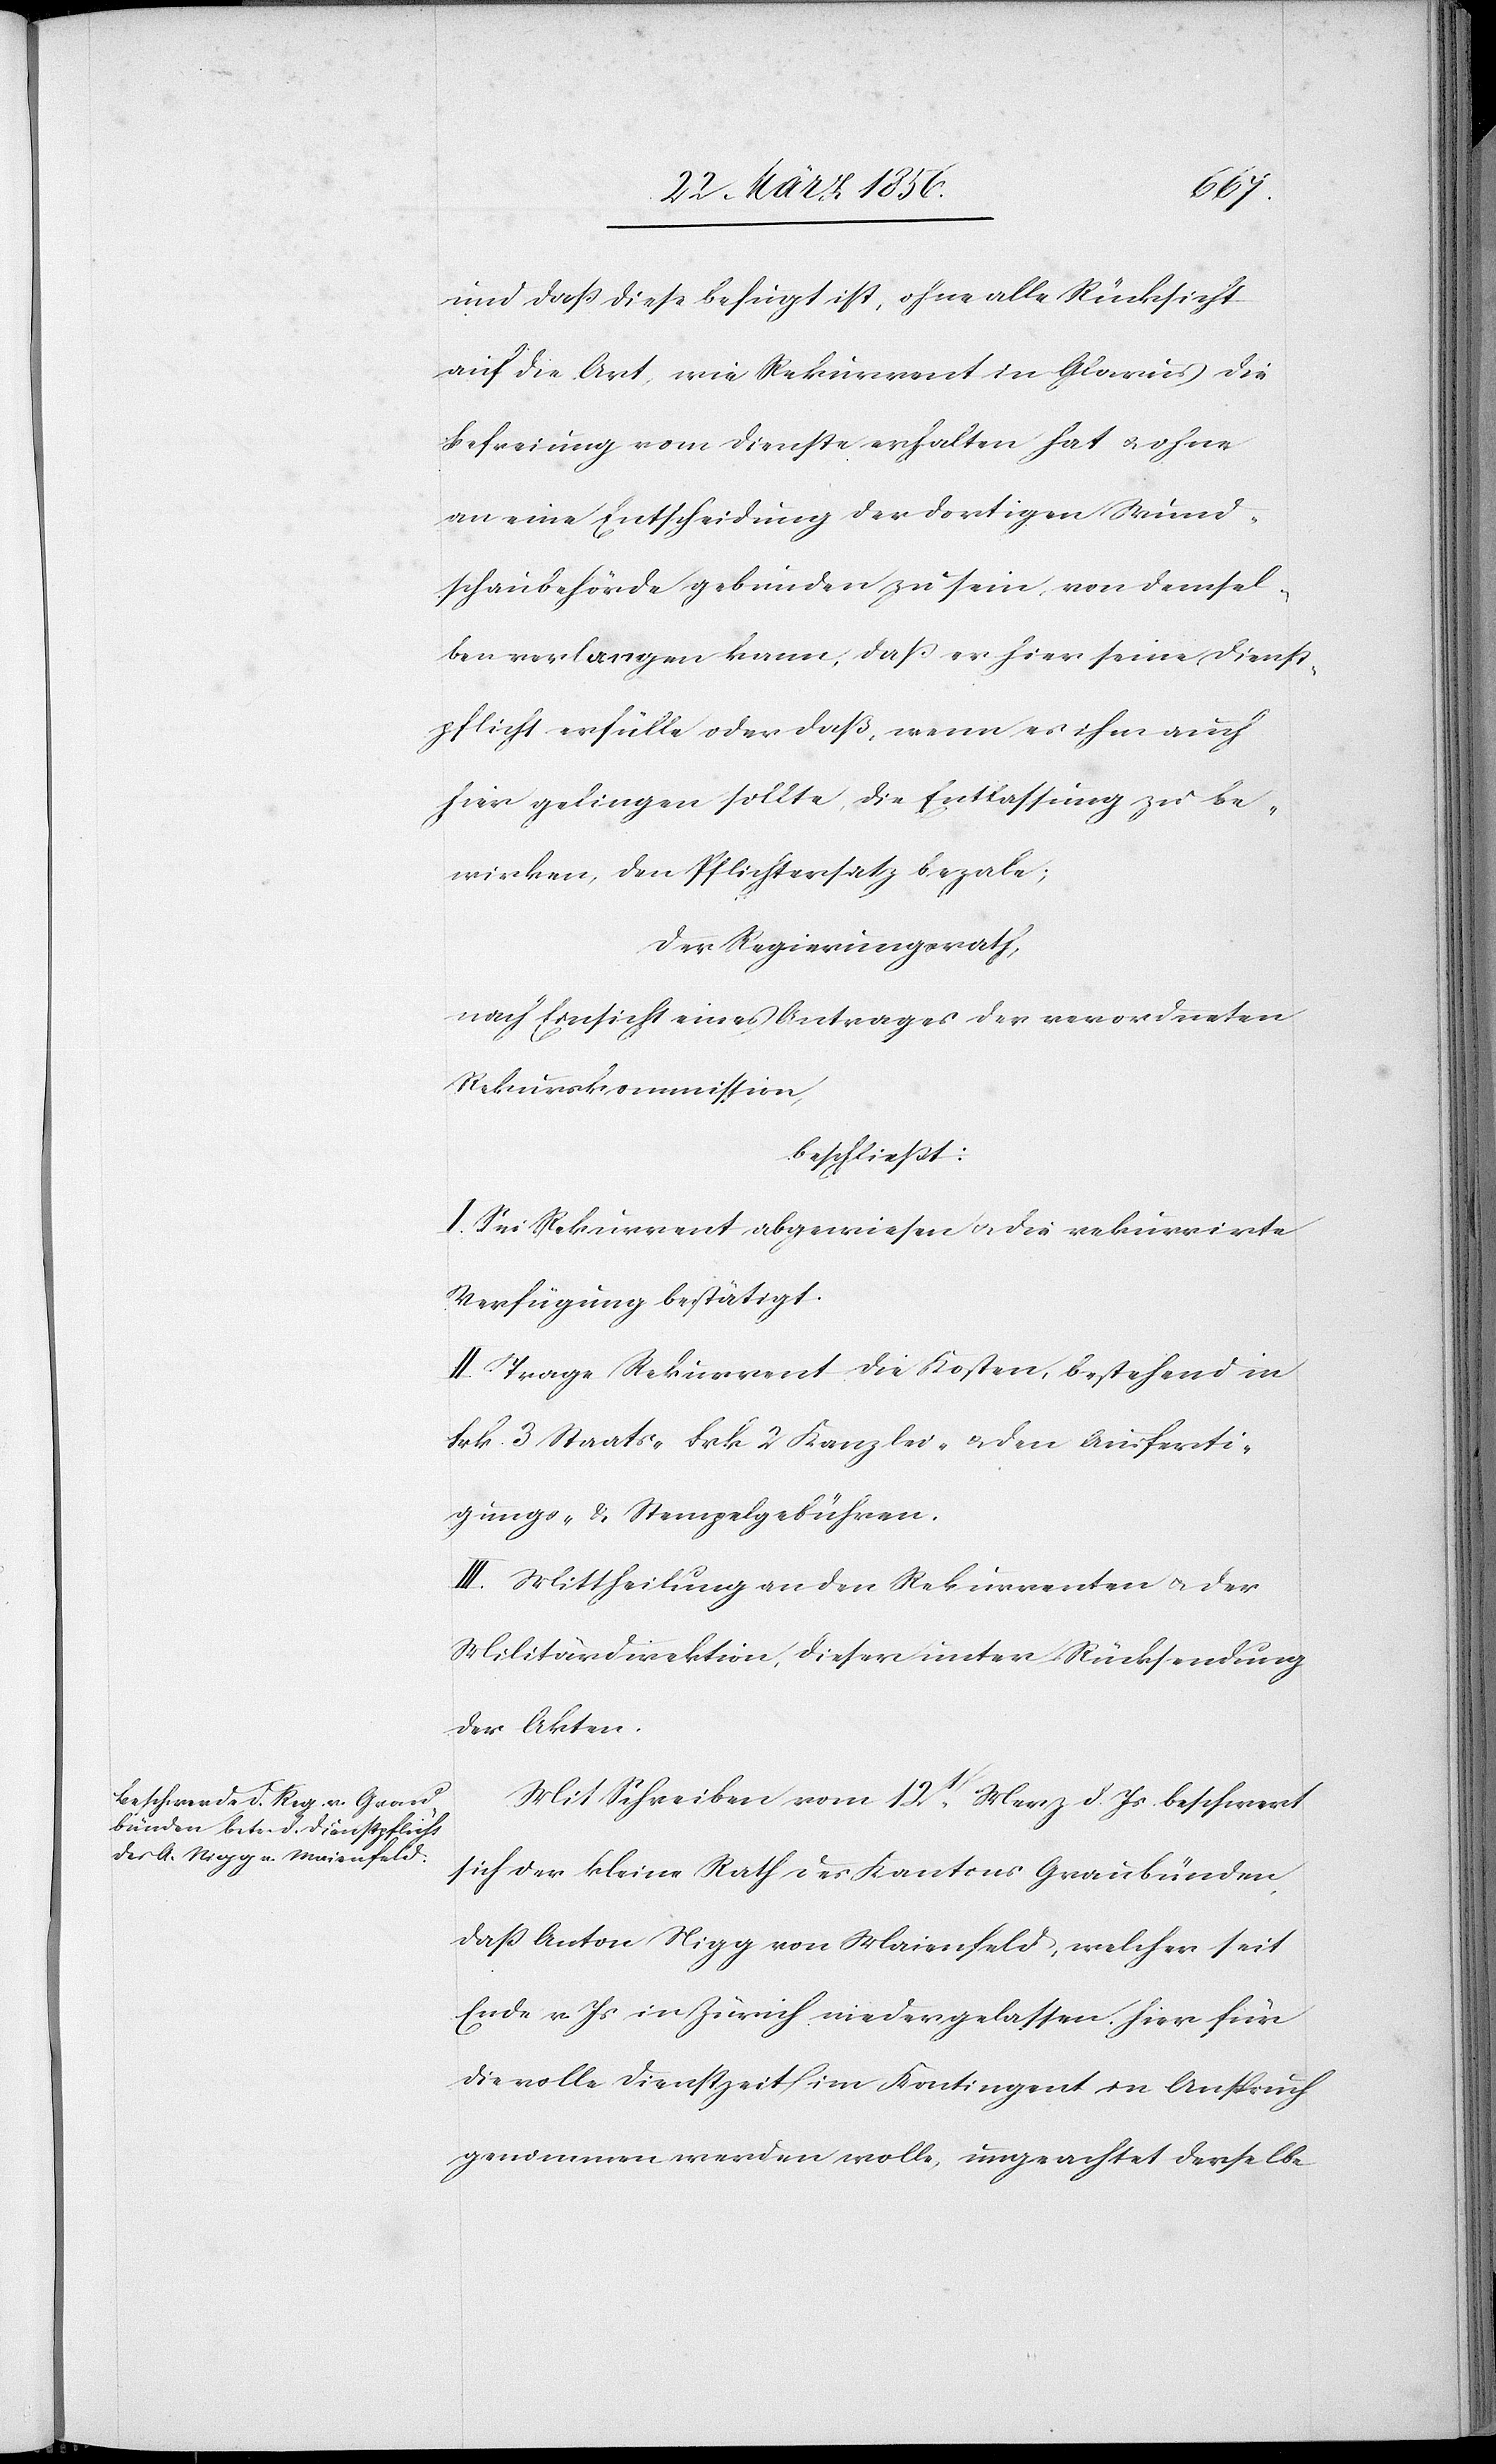
und daß diese befugt ist, ohne alle Rücksicht
auf die Art wie Rekurrent in Glarus die
Befreiung vom Dienste erhalten hat u. ohne
an eine Entscheidung der dortigen Wund¬
schaubehörde gebunden zu sein, von demsel¬
ben verlangen kann, daß er hier seine Dienst¬
pflicht erfülle oder daß, wenn es ihm auch
hier gelingen sollte, die Entlassung zu be¬
wirken, den Pflichtersatz bezale;
Der Regierungsrath,
nach Einsicht eines Antrages der verordneten
Rekurskommission,
beschließt:
I. Sei Rekurrent abgewiesen u. die rekurrirte
Verfügung bestätigt.
II. Trage Rekurrent die Kosten, bestehend in
Frk. 3 Staats- [,] Frk 2 Kanzlei- & den Ausferti¬
gungs- & Stempelgebühren.
III. Mittheilung an den Rekurrenten u. der
Militärdirektion, dieser unter Rücksendung
der Akten.
Mit Schreiben vom 12t Merz d. Js. beschwert
sich der kleine Rath des Kantons Graubünden,
daß Anton Nigg von Maienfeld, welcher seit
Ende v. Js in Zürich niedergelassen, hier für
die volle Dienstzeit im Kontingent in Anspruch
genommen werden wolle, ungeachtet derselbe